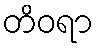
တိဝရာ